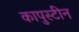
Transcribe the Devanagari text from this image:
कापुस्टीन